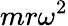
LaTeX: mr\omega^{2}